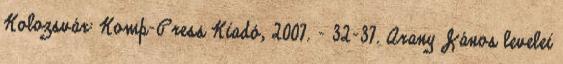
Kolozsvár: Komp-Press Kiadó, 2007. – 32-37. Arany János levelei